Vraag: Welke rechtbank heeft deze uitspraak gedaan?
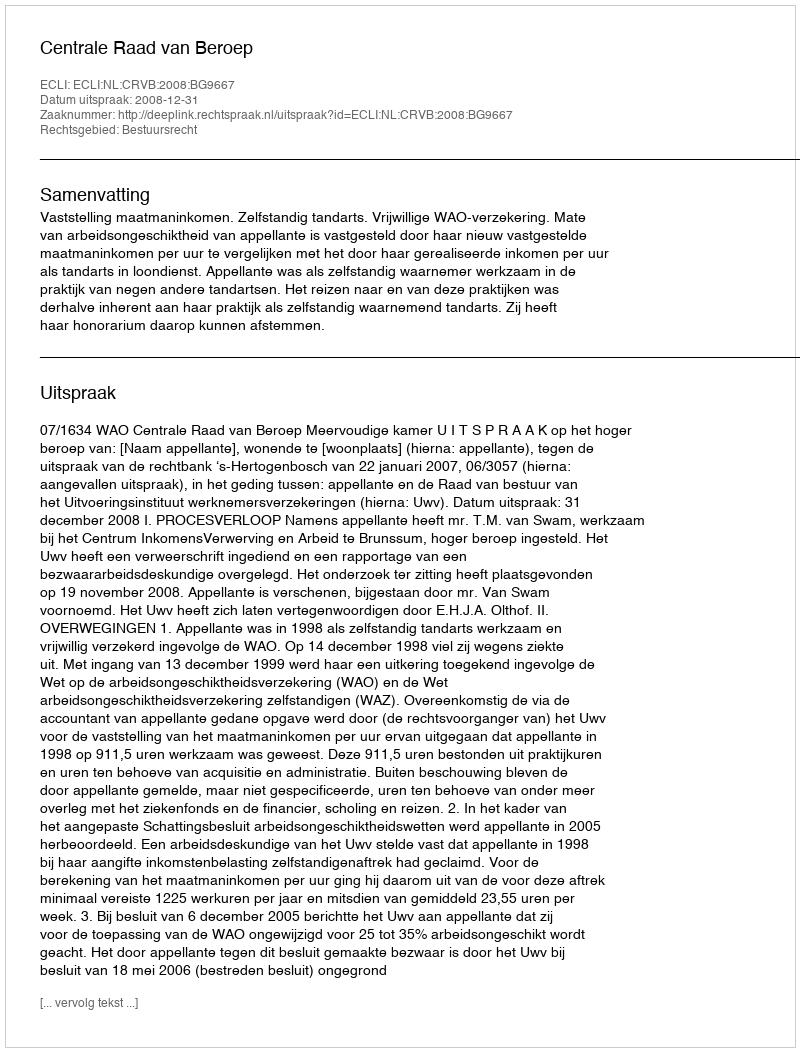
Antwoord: Centrale Raad van Beroep